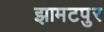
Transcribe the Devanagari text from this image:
झामटपुर